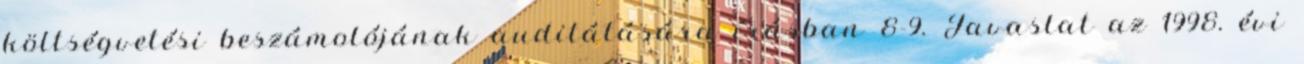
költségvetési beszámolójának auditálására írásban 8-9. Javaslat az 1998. évi